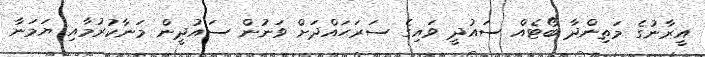
އީރާނުގެ މަތިންދާ ބޯޓެއް ސައުދީ ވައިގެ ސަރަޙައްދަށް ވަނުން ސައުދީން މަނާކުރުމާއި ޔަމަނާ